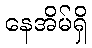
နေအိမ်ရှိ